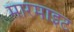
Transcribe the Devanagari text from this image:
मारमाइट